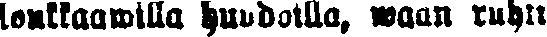
loukkawilla huudoilla, waan ruht